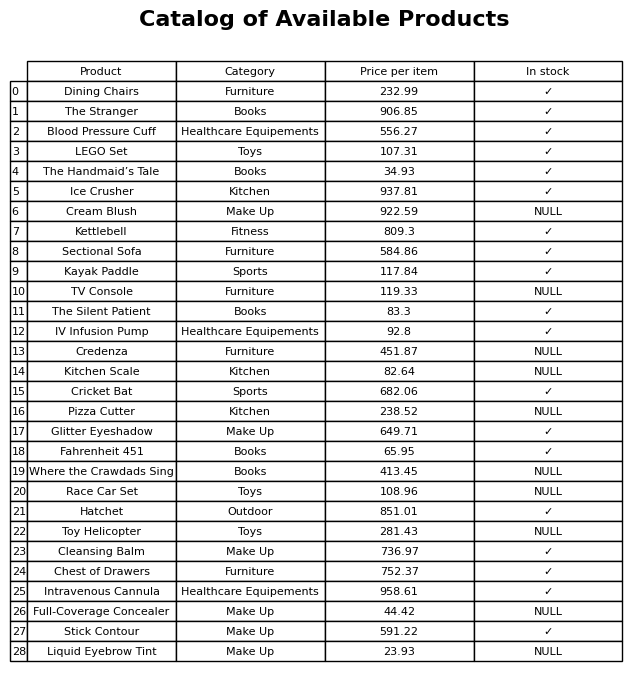
question: What is the price of the LEGO Set?
answer: The price of LEGO Set is 107.31.